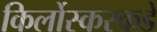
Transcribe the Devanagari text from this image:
किर्लोस्करकडे